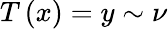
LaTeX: T\left(x\right)=y\sim\nu